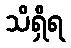
သိရှိရ